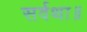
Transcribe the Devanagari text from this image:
सर्वथा॥